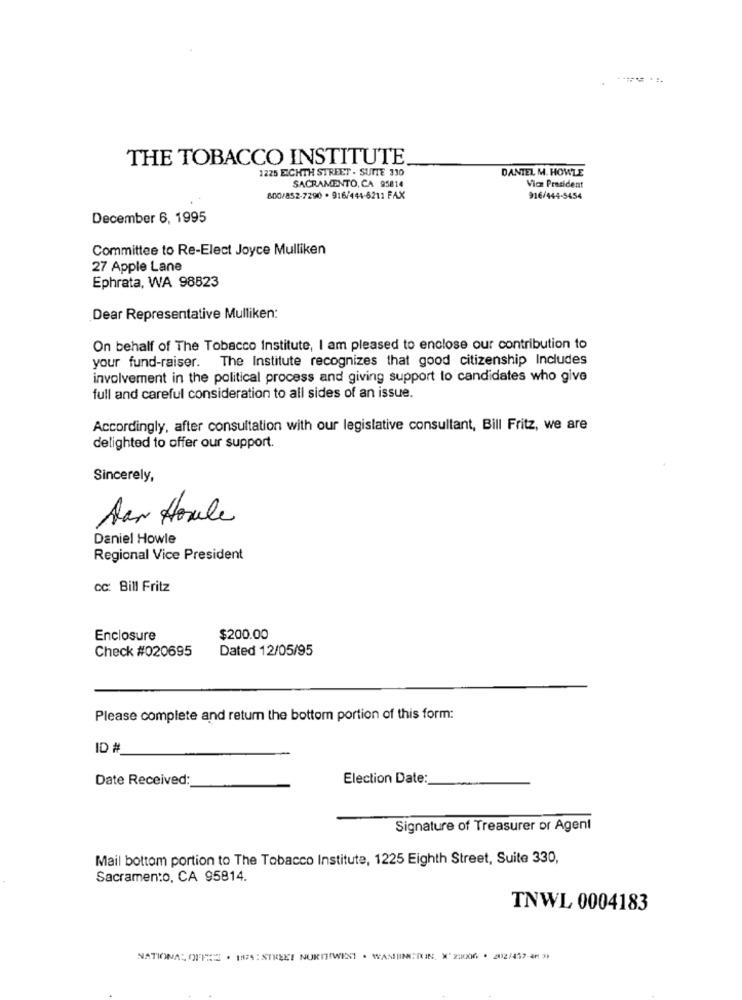
THE TOBACCO INSTITUTE
1225 ECHTH STREET . SUTTE 330
DANIEL M. HOWLE
SACRAMENTO, CA 95814
Vice President
800/852-7290 . 916/444-6211 FAX
916/444-5454
December 6, 1995
Committee to Re-Elect Joyce Mulliken
27 Apple Lane
Ephrata, WA 98823
Dear Representative Mulliken:
On behalf of The Tobacco Institute, I am pleased to enclose our contribution to
your fund-raiser. The Institute recognizes that good citizenship Includes
involvement in the political process and giving support to candidates who give
full and careful consideration to all sides of an issue.
Accordingly, after consultation with our legislative consultant, Bill Fritz, we are
delighted to offer our support.
Sincerely,
Aar Houle
Daniel Howle
Regional Vice President
cc: Bill Fritz
Enclosure
$200.00
Check #020695
Dated 12/05/95
Please complete and return the bottom portion of this form:
ID #
Date Received:
Election Date:
Signature of Treasurer or Agent
Mail bottom portion to The Tobacco Institute, 1225 Eighth Street, Suite 330,
Sacramento, CA 95814.
TNWL 0004183
NATIONAL OFFRE · 1874: STREET NORTHWEST . WASEINIUIN, X' 22006 . 2012/457-48 3)